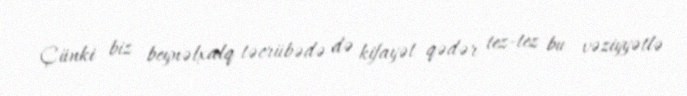
Çünki biz beynəlxalq təcrübədə də kifayət qədər tez-tez bu vəziyyətlə